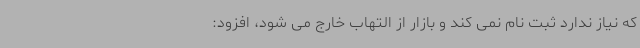
که نیاز ندارد ثبت نام نمی کند و بازار از التهاب خارج می شود، افزود: